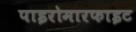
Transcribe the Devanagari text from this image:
पाइरोमारफाइट